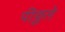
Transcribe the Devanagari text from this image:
पीठ्ठले